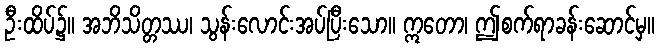
ဦးထိပ်၌။ အဘိသိတ္တဿ၊ သွန်းလောင်းအပ်ပြီးသော။ ဣတော၊ ဤစက်ရာခန်းဆောင်မှ။